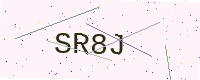
Text: SR8J